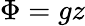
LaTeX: \Phi=gz